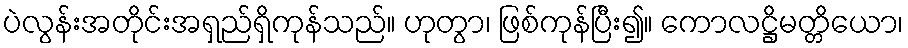
ပဲလွန်းအတိုင်းအရှည်ရှိကုန်သည်။ ဟုတွာ၊ ဖြစ်ကုန်ပြီး၍။ ကောလဋ္ဌိမတ္တိယော၊